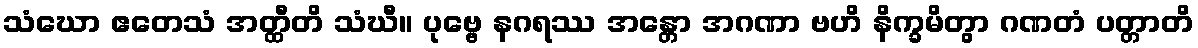
သံဃော ဧတေသံ အတ္ထီတိ သံဃီ။ ပုဗ္ဗေ နဂရဿ အန္တော အဂဏာ ဗဟိ နိက္ခမိတွာ ဂဏတံ ပတ္တာတိ